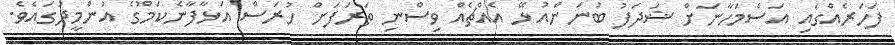
ފަހަރެއްގައި އަސްމަހާނަށް ޝަދަފު ބުނަންއުޅޭ އެއްޗެއް ވިސްނި ތަރަފަށް ހުރަސް އަޅާފާނެކަމުގެ އުންމީދުގައެވެ.